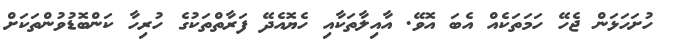
ހުށަހަޅަން ޖެހޭ ހަމަތަކެއް އެބަ އޮވޭ. އާއިލާތަކާއި ހެޔޮއެދޭ ފަރާތްތަކުގެ ހުރިހާ ކަންބޮޑުވުންތަކަށް